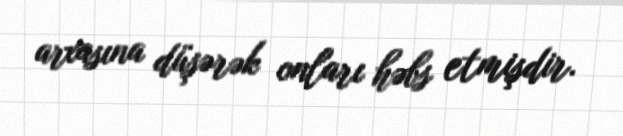
arxasına düşərək onları həbs etmişdir.